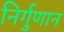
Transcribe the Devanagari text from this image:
निर्गुणान